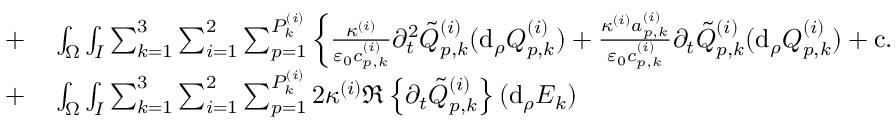
\begin{array} { r l } { + } & { { } \int _ { \Omega } \int _ { I } \sum _ { k = 1 } ^ { 3 } \sum _ { i = 1 } ^ { 2 } \sum _ { p = 1 } ^ { P _ { k } ^ { ( i ) } } \left\{ \frac { \kappa ^ { ( i ) } } { \varepsilon _ { 0 } c _ { p , k } ^ { ( i ) } } \partial _ { t } ^ { 2 } \tilde { Q } _ { p , k } ^ { ( i ) } ( \mathrm { d } _ { \rho } Q _ { p , k } ^ { ( i ) } ) + \frac { \kappa ^ { ( i ) } a _ { p , k } ^ { ( i ) } } { \varepsilon _ { 0 } c _ { p , k } ^ { ( i ) } } \partial _ { t } \tilde { Q } _ { p , k } ^ { ( i ) } ( \mathrm { d } _ { \rho } Q _ { p , k } ^ { ( i ) } ) + \mathrm { c . c . } \right\} } \\ { + } & { { } \int _ { \Omega } \int _ { I } \sum _ { k = 1 } ^ { 3 } \sum _ { i = 1 } ^ { 2 } \sum _ { p = 1 } ^ { P _ { k } ^ { ( i ) } } 2 \kappa ^ { ( i ) } \Re \left\{ \partial _ { t } \tilde { Q } _ { p , k } ^ { ( i ) } \right\} ( \mathrm { d } _ { \rho } E _ { k } ) } \end{array}